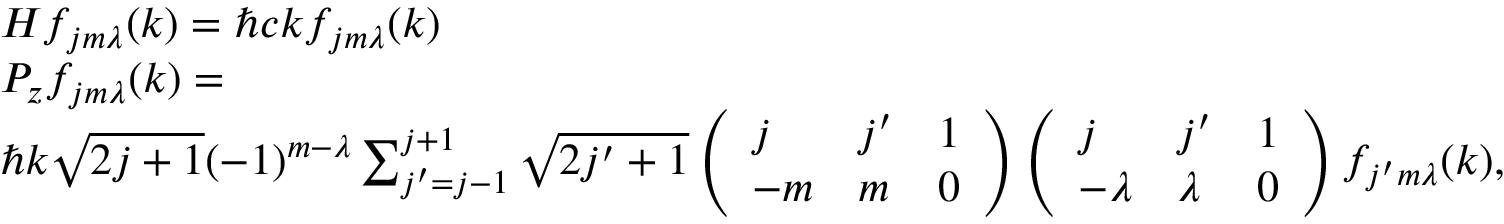
\begin{array} { r l } & { H f _ { j m \lambda } ( k ) = \hbar c k f _ { j m \lambda } ( k ) } \\ & { P _ { z } f _ { j m \lambda } ( k ) = } \\ & { \hbar k \sqrt { 2 j + 1 } ( - 1 ) ^ { m - \lambda } \sum _ { j ^ { \prime } = j - 1 } ^ { j + 1 } \sqrt { 2 j ^ { \prime } + 1 } \left( \begin{array} { l l l } { j } & { j ^ { \prime } } & { 1 } \\ { - m } & { m } & { 0 } \end{array} \right) \left( \begin{array} { l l l } { j } & { j ^ { \prime } } & { 1 } \\ { - \lambda } & { \lambda } & { 0 } \end{array} \right) f _ { j ^ { \prime } m \lambda } ( k ) , } \end{array}